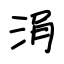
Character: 涓